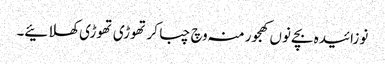
نوزائیدہ بچے نو‏‏ں کھجور منہ وچ چبا کر تھوڑی تھوڑی کھلائیے۔